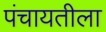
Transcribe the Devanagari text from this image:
पंचायतीला